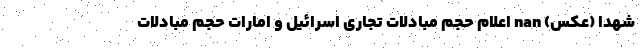
شهدا (عکس) nan اعلام حجم مبادلات تجاری اسرائیل و امارات حجم مبادلات